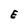
Character: E